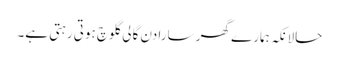
حالانکہ ہمارے گھر سارا دن گالی گلوچ ہوتی رہتی ہے۔